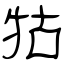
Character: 牯